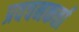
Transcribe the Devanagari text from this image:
प्रवचनकर्त्ता